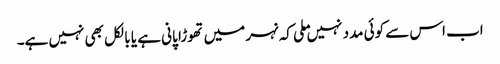
اب اس سے کوئی مدد نہیں ملی کہ نہر میں تھوڑا پانی ہے یا بالکل بھی نہیں ہے۔